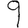
Digit: 9